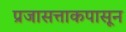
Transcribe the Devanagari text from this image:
प्रजासत्ताकपासून